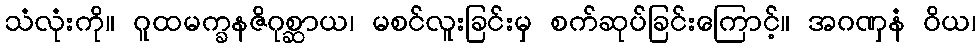
သံလုံးကို။ ဂူထမက္ခနဇိဂုစ္ဆာယ၊ မစင်လူးခြင်းမှ စက်ဆုပ်ခြင်းကြောင့်။ အဂဏှနံ ဝိယ၊